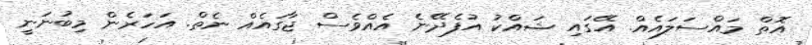
އޮތް މައްސަލައެއް. އޭގައި ޝައްކު އުފެދޭނެ އެއްވެސް ޖާގައެއް ނެތް. އަހަރެން މިބުނަނީ